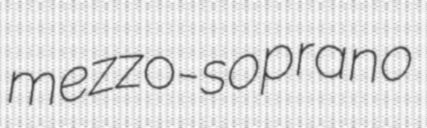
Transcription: mezzo-soprano